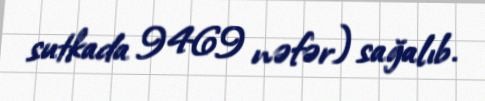
sutkada 9469 nəfər) sağalıb.